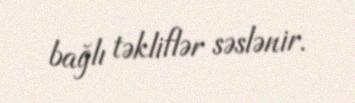
bağlı təkliflər səslənir.